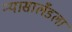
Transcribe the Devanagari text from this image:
न्यासालँडला